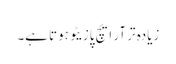
زیادہ تر آر ایچ پازیٹو ہوتا ہے۔